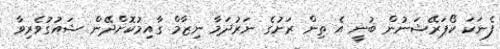
ފެނަކަ ކޯޕަރޭޝަނުން ބުނީ އެ ތިން ރަށުގެ ނަރުދަމާ ނިޒާމް ގާއިމުކޮށްދޭން ޝައުގުވެރިވާ